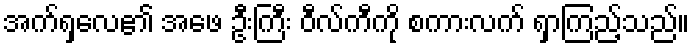
အက်ရှလေ၏ အဖေ ဦးကြီး ဝီလ်ကီကို စကားလက် ရှာကြည့်သည်။